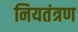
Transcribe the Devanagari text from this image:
नियतंत्रण